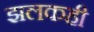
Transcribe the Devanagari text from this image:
झलकही